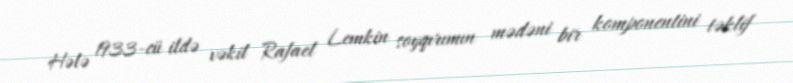
Hələ 1933-cü ildə vəkil Rafael Lemkin soyqırımın mədəni bir komponentini təklif